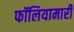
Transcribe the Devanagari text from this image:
फॉलियामारी